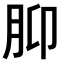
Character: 𫆗